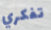
تفكري